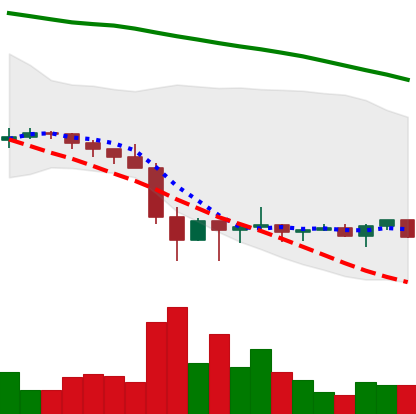
Ticker: XRP-USD
Chart end date: 2022-02-02
Forward return: 37.63%
Label: up_7plus